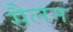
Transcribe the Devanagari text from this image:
सैलन